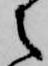
之